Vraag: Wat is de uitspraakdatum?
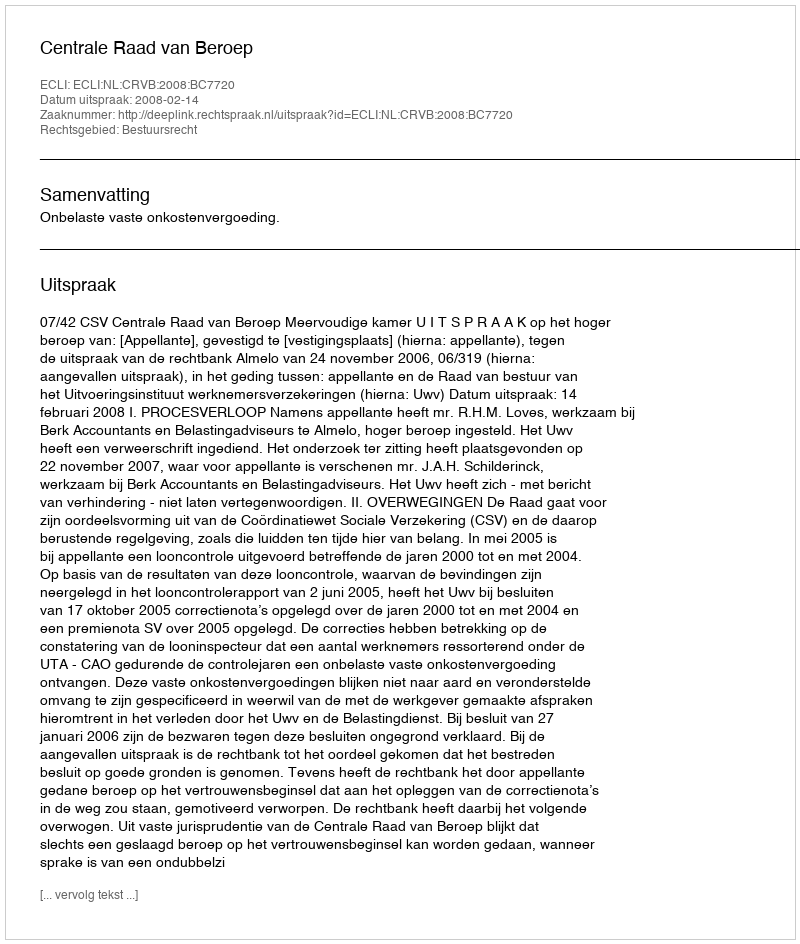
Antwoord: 2008-02-14